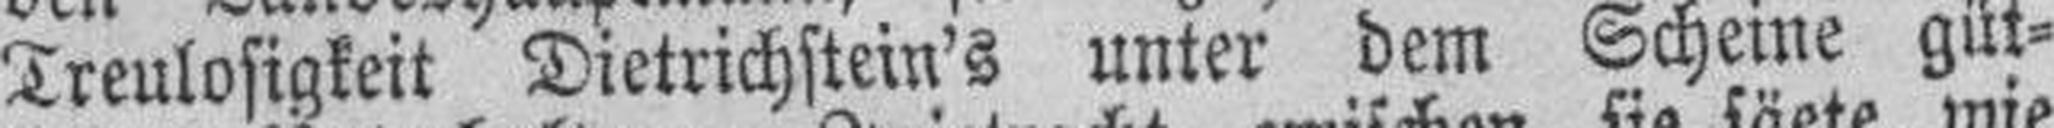
Treulosigkeit Dietrichstein's unter dem Scheine güt¬